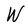
Character: W